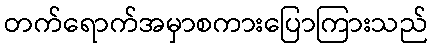
တက်ရောက်အမှာစကားပြောကြားသည်